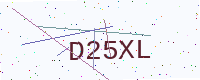
Text: D25XL